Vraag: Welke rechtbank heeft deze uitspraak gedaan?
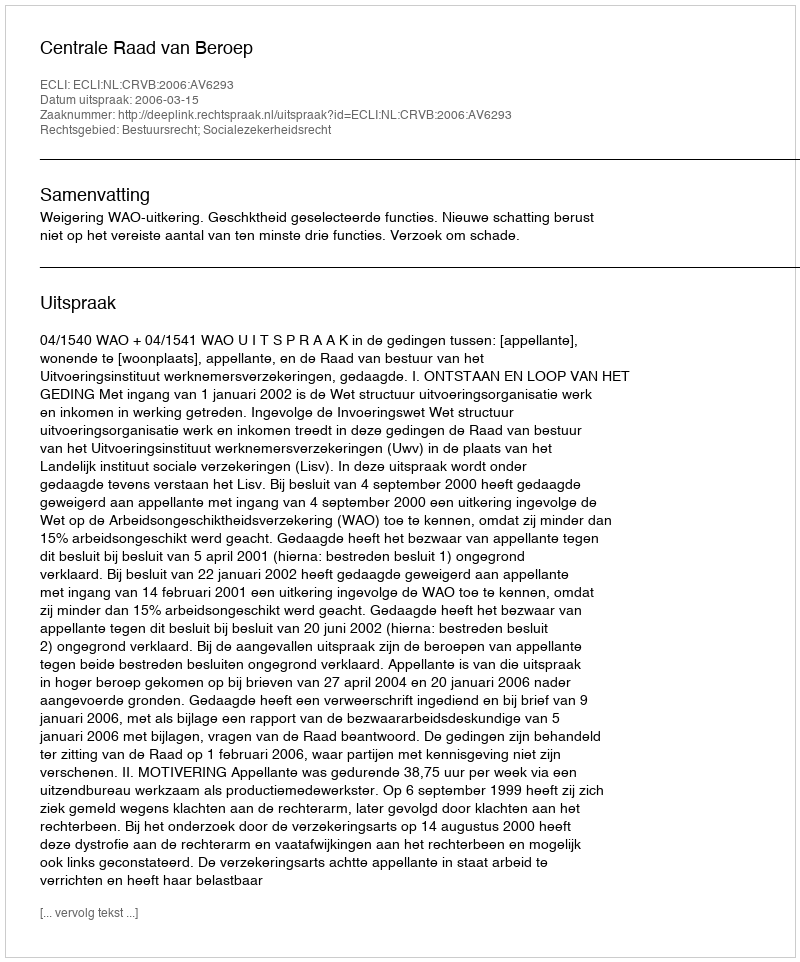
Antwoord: Centrale Raad van Beroep